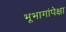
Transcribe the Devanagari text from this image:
भूभागांपेक्षा